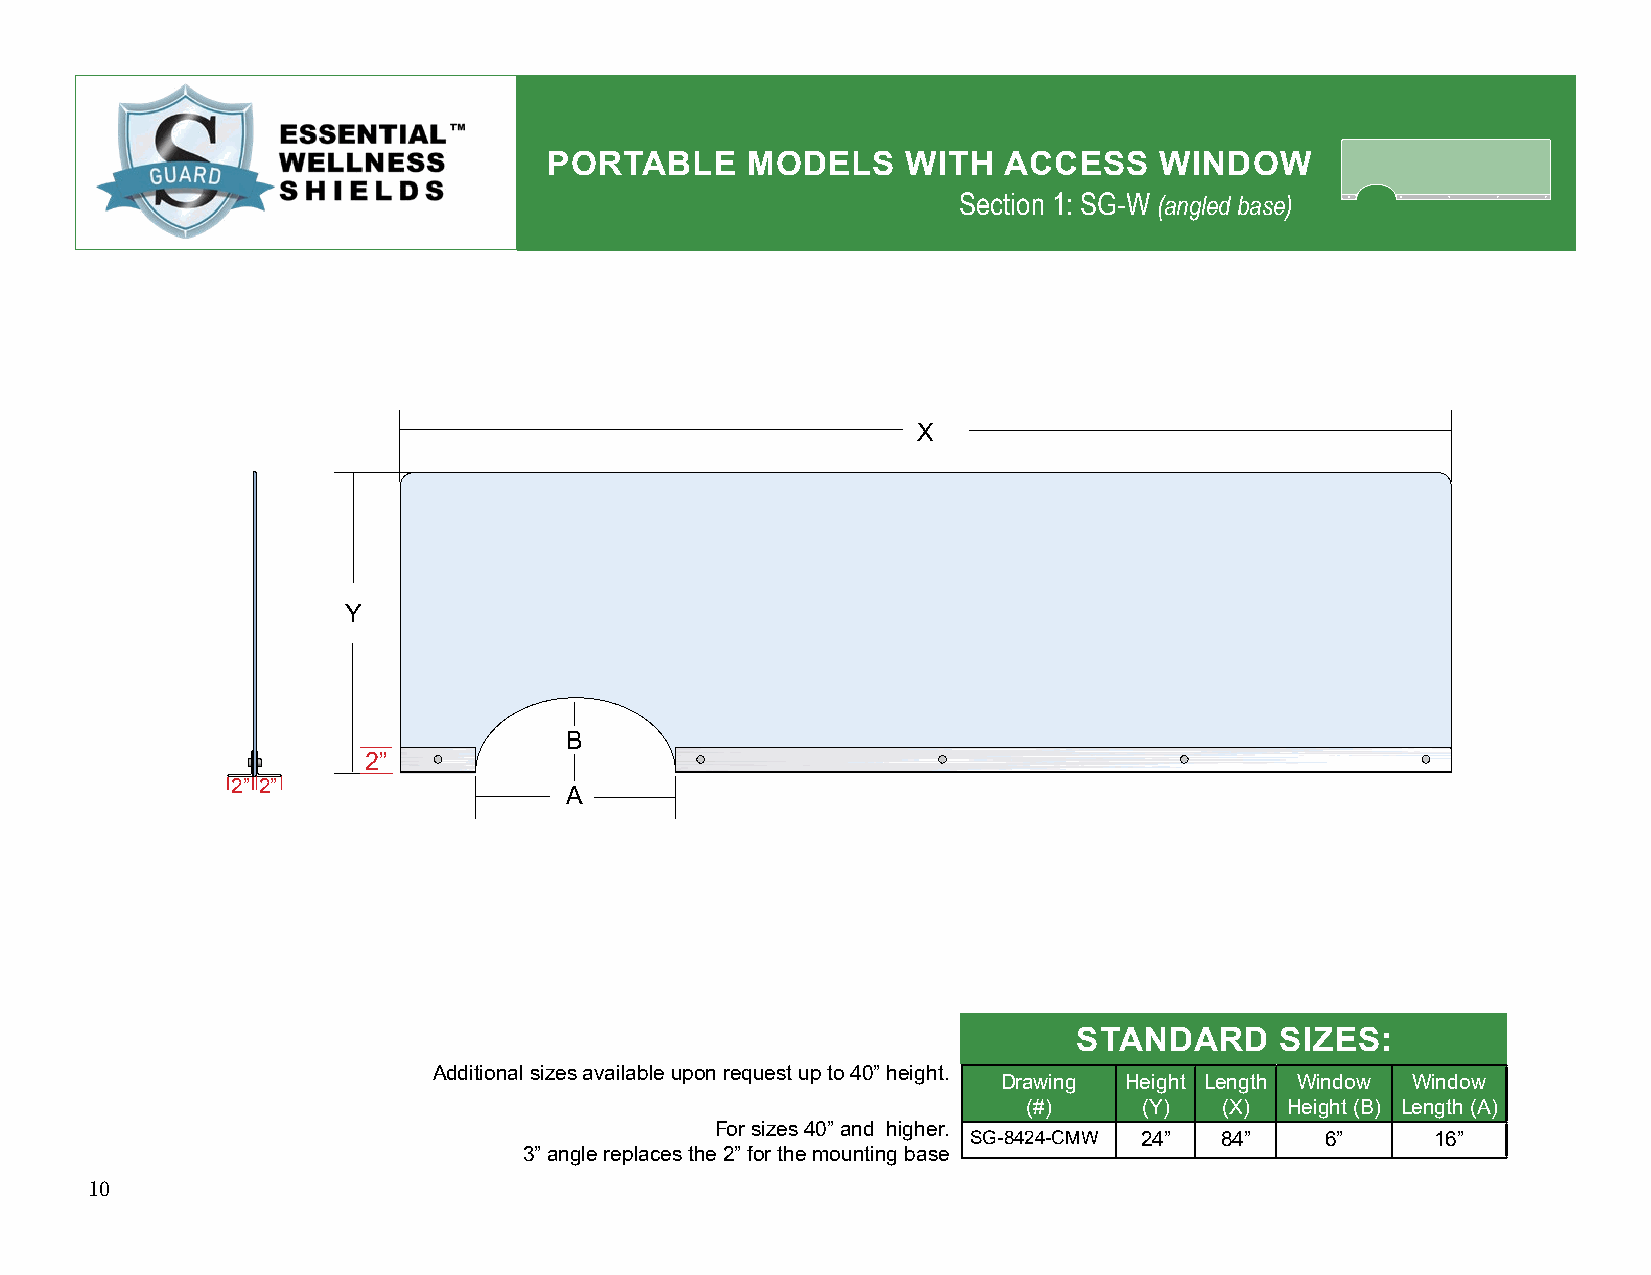
PORTABLE     MODELS     WITH  ACCESS     WINDOW
 Section 1: SG-W (angled base)
 X
 Y
 B
 2”
 2” 2”
 A
 STANDARD      SIZES:
 Additional sizes available upon request up to 40” height.
 Drawing Height Length Window Window
 (#)     (Y)  (X) Height (B) Length (A)
 For sizes 40” and higher.
 SG-8424-CMW 24”  84”    6”     16”
 3” angle replaces the 2” for the mounting base
 10